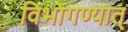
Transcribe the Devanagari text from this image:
विभागण्यात्